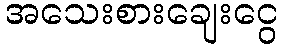
အသေးစားချေးငွေ